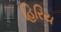
હિરિય